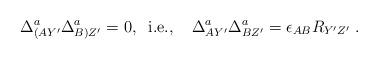
LaTeX: \begin{align*}\Delta^a_{(AY'}\Delta^a_{B)Z'} = 0, \;\; \mbox{i.e.,} \;\;\;\;\Delta^a_{AY'}\Delta^a_{BZ'} = \epsilon_{AB} R_{Y'Z'}\; .\end{align*}